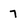
Character: 7